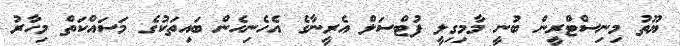
ޔޫތު މިނިސްޓްރީން ބުނީ މާމިގިލީ ފުޓްސަލް އެރީނާގެ އެހެނިހެން ބައިތަކުގެ މަސައްކަތް މިހާރު